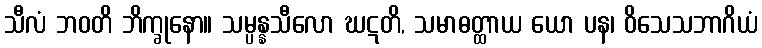
သီလံ ဘဝတိ ဘိက္ခုနော။ သမ္ပန္နသီလော ဃဋတိ, သမာဓတ္ထာယ ယော ပန၊ ဝိသေသဘာဂိယံ